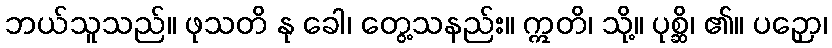
ဘယ်သူသည်။ ဖုသတိ နု ခေါ၊ တွေ့သနည်း။ ဣတိ၊ သို့။ ပုစ္ဆိ၊ ၏။ ပဉှော၊